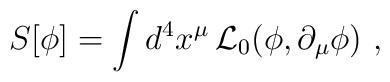
S[\phi]=\int d^4x^\mu\,{\cal L}_0(\phi,\partial_\mu\phi)\ ,